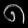
Digit: ၈